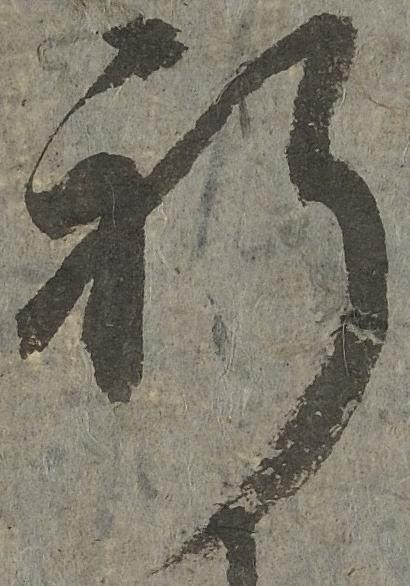
祈